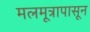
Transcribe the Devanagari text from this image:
मलमूत्रापासून